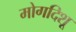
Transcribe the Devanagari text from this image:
मोगदिशू